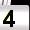
Digit: 4